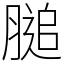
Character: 膇